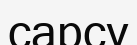
сарсу